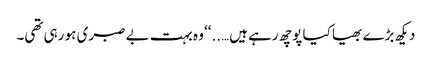
دیکھ بڑے بھیا کیا پوچھ رہے ہیں…..‘‘ وہ بہت بے صبری ہو رہی تھی۔